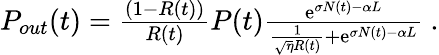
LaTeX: \begin{array}{r}{P_{out}(t)=\frac{\left(1-R(t)\right)}{R(t)}P(t)\frac{\textnormal{e}^{\sigma N(t)-\alpha L}}{\frac{1}{\sqrt{\eta}R(t)}+\textnormal{e}^{\sigma N(t)-\alpha L}}\ .}\end{array}